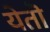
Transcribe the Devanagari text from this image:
येतॊ